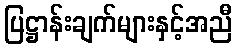
ပြဋ္ဌာန်းချက်များနှင့်အညီ